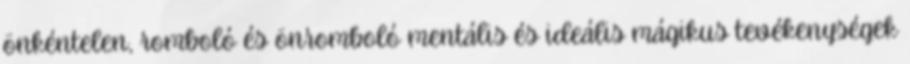
önkéntelen, romboló és önromboló mentális és ideális mágikus tevékenységek